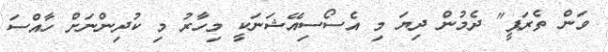
ވަން ތެރަޕީ" ދެމުން ދިޔަ މި އެސޯސިއޭޝަނަކީ މިހާރު މި ކުދިންނަށް ހާއްސަ